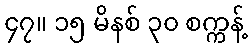
၄၇။ ၁၅ မိနစ် ၃၀ စက္ကန့်